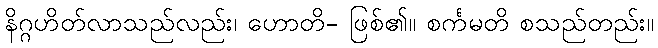
နိဂ္ဂဟိတ်လာသည်လည်း၊ ဟောတိ- ဖြစ်၏။ စင်္ကမတိ စသည်တည်း။